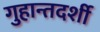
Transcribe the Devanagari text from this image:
गुहान्तदर्शी